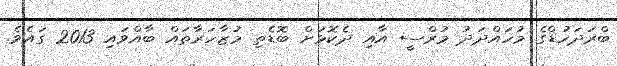
ބްރަދަހުޑްގެ މުހައްދަދު މުރްސީ އާއި ދެކޮޅަށް ބޮޑެތި މުޒާހަރާތައް ބާއްވައި 2013 ގައެވެ.